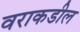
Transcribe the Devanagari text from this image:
वराकडील